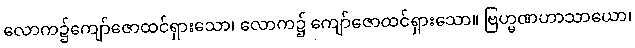
လောက၌ကျော်ဇောထင်ရှားသော၊ လောက၌ ကျော်ဇောထင်ရှားသော။ ဗြဟ္မဏဟာသာယော၊